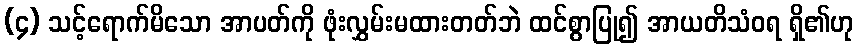
(၄) သင့်ရောက်မိသော အာပတ်ကို ဖုံးလွှမ်းမထားတတ်ဘဲ ထင်စွာပြု၍ အာယတိသံဝရ ရှိ၏ဟု